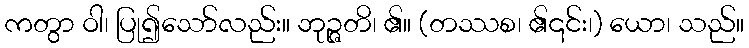
ကတွာ ဝါ၊ ပြု၍သော်လည်း။ ဘုဉ္ဇတိ၊ ၏။ (တဿစ၊ ၏၎င်း၊) ယော၊ သည်။